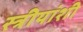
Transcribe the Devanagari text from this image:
स्त्रीयांशी